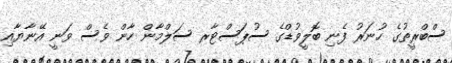
ސްބްރީތުގެ ހުނަރު ފެނި ބޮލީވުޑްގެ ސުޕަސްޓާރ ސަލްމާން ހާން ވެސް ވަނީ އޭނާޔާއި